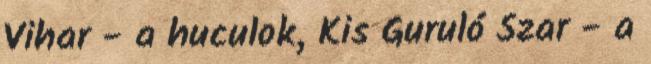
Vihar - a huculok, Kis Guruló Szar - a